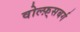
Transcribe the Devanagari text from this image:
वोल्फ़्सबर्ग